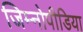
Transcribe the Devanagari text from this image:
जिम्नोपीडिया